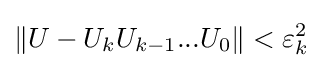
\|U-U_{k}U_{k-1}...U_{0}\|<\varepsilon _{k}^{2}